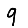
Digit: 9